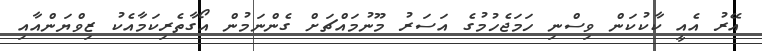
އޭރު އެއީ ކާކުކަން ވިސްނި ހަމަޖެހުމުގެ އަސަރު މޫނުމައްޗަށް ގެންނަމުން އޯގާތެރިކަމާއެކު ޒިވްޔަންއާއި